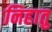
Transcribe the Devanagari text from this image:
निहातु